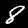
Digit: 8